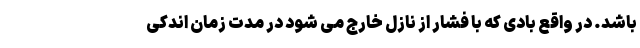
باشد. در واقع بادی که با فشار از نازل خارج می شود در مدت زمان اندکی